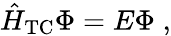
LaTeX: \hat{H}_{\mathrm{TC}}\Phi=E\Phi\; ,